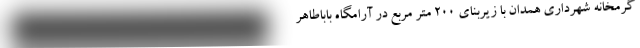
گرمخانه شهرداری همدان با زیربنای ۲۰۰ متر مربع در آرامگاه باباطاهر